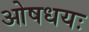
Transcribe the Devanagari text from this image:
ओषधयः